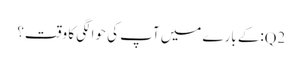
Q2:کے بارے میں آپ کی حوالگی کا وقت؟